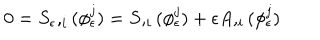
LaTeX: 0 = S _ { \epsilon } , _ { i } ( \phi _ { \epsilon } ^ { j } ) = S , _ { i } ( \phi _ { \epsilon } ^ { j } ) + \epsilon A , _ { i } ( \phi _ { \epsilon } ^ { j } )